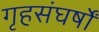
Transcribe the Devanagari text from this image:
गृहसंघर्षों